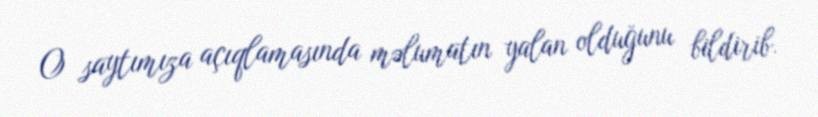
O saytımıza açıqlamasında məlumatın yalan olduğunu bildirib.